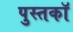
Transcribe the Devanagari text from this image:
पुस्तकॉ